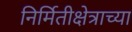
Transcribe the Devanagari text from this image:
निर्मितीक्षेत्राच्या